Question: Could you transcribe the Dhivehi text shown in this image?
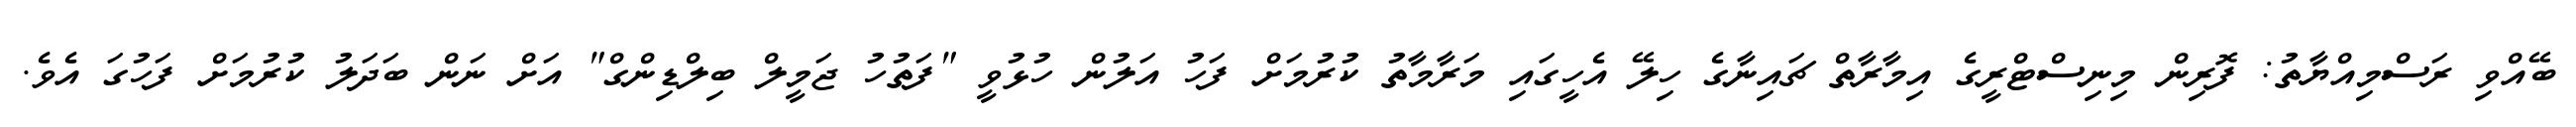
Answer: ބޭއްވި ރަސްމިއްޔާތު: ފޮރިން މިނިސްޓްރީގެ އިމާރާތް ޗައިނާގެ ހިލޭ އެހީގައި މަރާމާތު ކުރުމަށް ފަހު އަލުން ހުޅުވީ "ފަތުހު ޖަމީލް ބިލްޑިންގް" އަށް ނަން ބަދަލު ކުރުމަށް ފަހުގަ އެވެ.